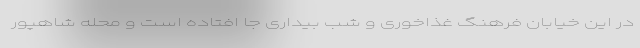
در این خیابان فرهنگ غذاخوری و شب بیداری جا افتاده است و محله شاهپور